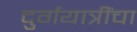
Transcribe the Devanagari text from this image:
दुर्गयात्रींचा